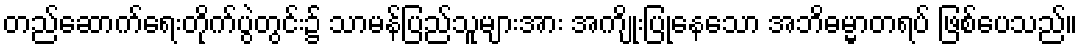
တည်ဆောက်ရေးတိုက်ပွဲတွင်း၌ သာမန်ပြည်သူများအား အကျိုးပြုနေသော အဘိဓမ္မာတရပ် ဖြစ်ပေသည်။